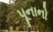
પૂનાનો